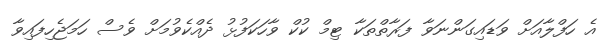
އެ ހަފްލާއަށް ވަޑައިގަންނަވާ ފަރާތްތަކާ ޓިމް ކުކް ވާހަކަފުޅު ދެއްކެވުމަށް ވެސް ހަމަޖެހިފައިވާ